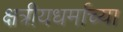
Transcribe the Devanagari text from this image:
क्षत्रीयधर्माच्या